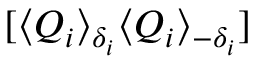
[ \langle Q _ { i } \rangle _ { \delta _ { i } } \langle Q _ { i } \rangle _ { - \delta _ { i } } ]